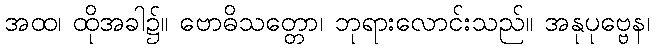
အထ၊ ထိုအခါ၌။ ဗောဓိသတ္တော၊ ဘုရားလောင်းသည်။ အနုပုဗ္ဗေန၊